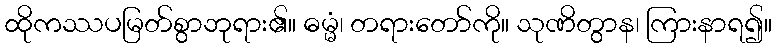
ထိုကဿပမြတ်စွာဘုရား၏။ ဓမ္မံ၊ တရားတော်ကို။ သုဏိတွာန၊ ကြားနာရ၍။